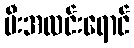
မီးအလင်းရောင်